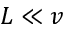
L \ll v